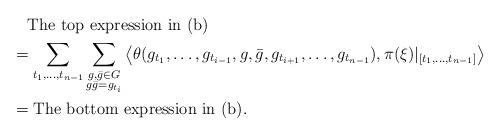
LaTeX: \begin{align*}&\quad\mbox{The top expression in (b)}\\&=\sum_{t_1,\ldots, t_{n-1}}\sum_{\substack{g, \bar{g}\in G\\g\bar{g}=g_{t_i}}}\big\langle \theta(g_{t_1},\ldots, g_{t_{i-1}}, g, \bar{g}, g_{t_{i+1}},\ldots, g_{t_{n-1}}), \pi(\xi)|_{[t_1,\ldots, t_{n-1}]}\big\rangle\\&=\mbox{The bottom expression in (b)}.\end{align*}